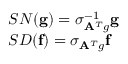
\begin{array} { l } { S N ( \mathbf { g } ) = \sigma _ { \mathbf { A } ^ { T } g } ^ { - 1 } \mathbf { g } } \\ { S D ( \mathbf { f } ) = \sigma _ { \mathbf { A } ^ { T } g } \mathbf { f } } \end{array}